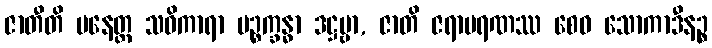
ဇာတီတိ ပနေတ္ထ သဝိကာရာ ပဉ္စက္ခန္ဓာ ဒဋ္ဌဗ္ဗာ, ဇာတိ ဇရာမရဏဿ စေဝ သောကာဒီနဉ္စ